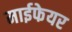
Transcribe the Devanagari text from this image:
माईफेयर